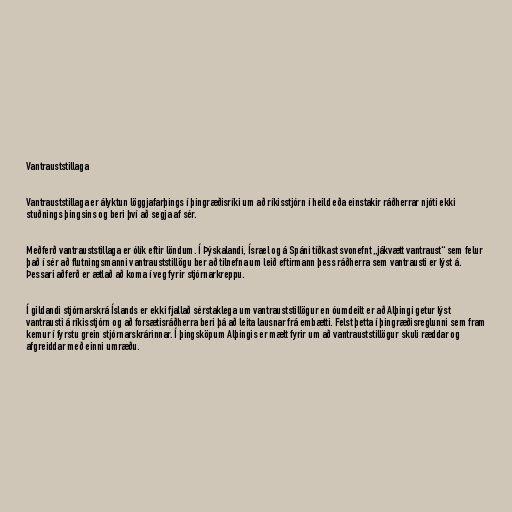
Vantrauststillaga

Vantrauststillaga er ályktun löggjafarþings í þingræðisríki um að ríkisstjórn í heild eða einstakir ráðherrar njóti ekki
stuðnings þingsins og beri því að segja af sér.

Meðferð vantrauststillaga er ólík eftir löndum. Í Þýskalandi, Ísrael og á Spáni tíðkast svonefnt „jákvætt vantraust“ sem felur
það í sér að flutningsmanni vantrauststillögu ber að tilnefna um leið eftirmann þess ráðherra sem vantrausti er lýst á.
Þessari aðferð er ætlað að koma í veg fyrir stjórnarkreppu.

Í gildandi stjórnarskrá Íslands er ekki fjallað sérstaklega um vantrauststillögur en óumdeilt er að Alþingi getur lýst
vantrausti á ríkisstjórn og að forsætisráðherra beri þá að leita lausnar frá embætti. Felst þetta í þingræðisreglunni sem fram
kemur í fyrstu grein stjórnarskrárinnar. Í þingsköpum Alþingis er mælt fyrir um að vantrauststillögur skuli ræddar og
afgreiddar með einni umræðu.